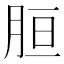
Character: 𦚸